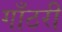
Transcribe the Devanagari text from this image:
गाँठरी